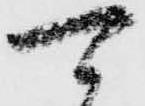
可